Scottish Leaving Certificate Examination, 1961
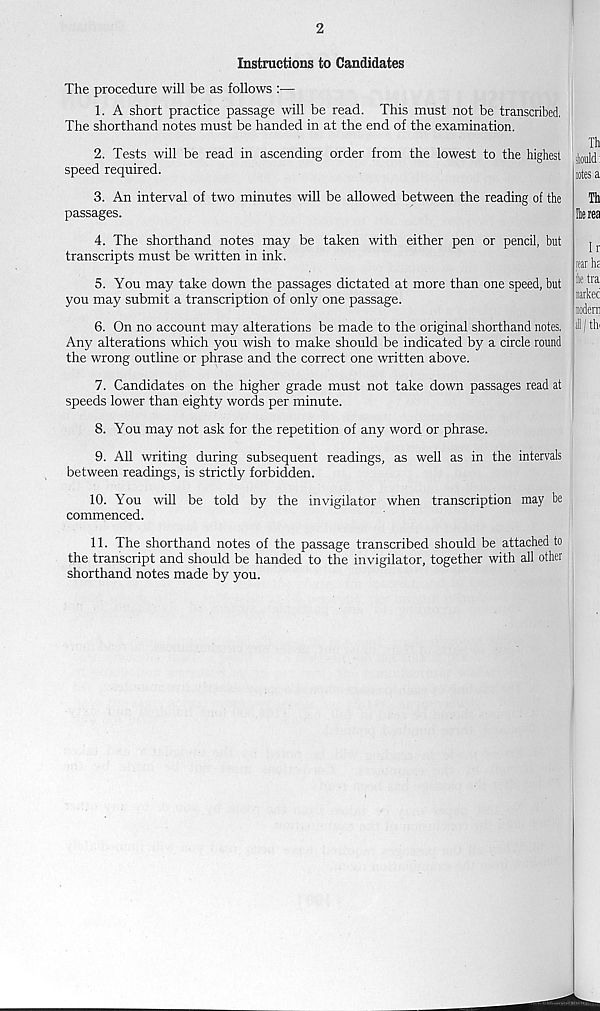
2
Instructions to Candidates
The procedure will be as follows :■—
1. A short practice passage will be read. This must not be transcribed.
The shorthand notes must be handed in at the end of the examination.
Th
2. Tests will be read in ascending order from the lowest to the highest
speed required.
ites a
3. An interval of two minutes will be allowed between the reading of the
passages.
Th
lerea
4. The shorthand notes may be taken with either pen or pencil, but
transcripts must be written in ink.
5. You may take down the passages dictated at more than one speed, but
you may submit a transcription of only one passage.
6. On no account may alterations be made to the original shorthand notes.
Any alterations which you wish to make should be indicated by a circle round
the wrong outline or phrase and the correct one written above.
Ir
fear hs
ike tra
narked
noderii
l|th
7. Candidates on the higher grade must not take down passages read at
speeds lower than eighty words per minute.
8. You may not ask for the repetition of any word or phrase.
9. All writing during subsequent readings, as well as in the intervals
between readings, is strictly forbidden.
10. You will be told by the invigilator when transcription may be
commenced.
11. The shorthand notes of the passage transcribed should be attached to
the transcript and should be handed to the invigilator, together with all other
shorthand notes made by you.